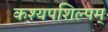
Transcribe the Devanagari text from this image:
कश्यपशिल्पम्